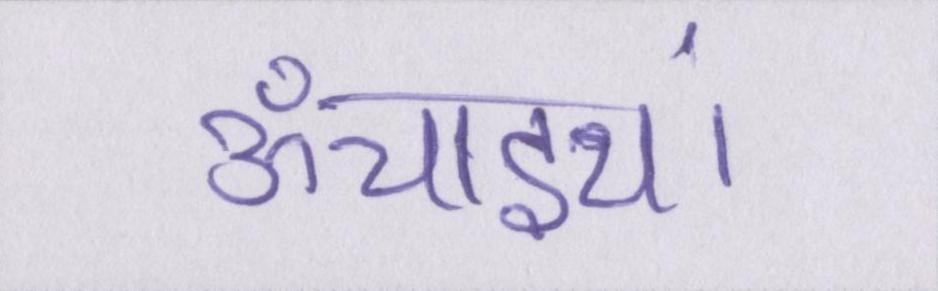
ऊँचाइयां